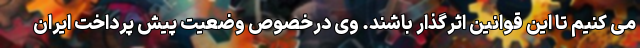
می ‌کنیم تا این قوانین اثرگذار باشند. وی درخصوص وضعیت پیش پرداخت ایران